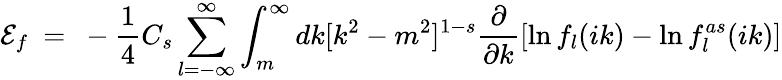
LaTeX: {\cal E}_{f}\ =\ -\frac 14C_{s}\sum_{l=-\infty}^{\infty}\int_{m}^{\infty}dk[k^{2}-m^{2}]^{1-s}\frac{\partial}{\partial k}[\ln f_{l}(ik)-\ln f_{l}^{as}(ik)]